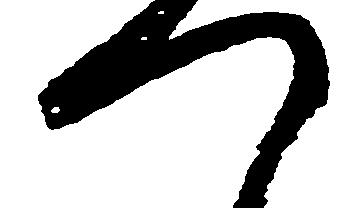
つ